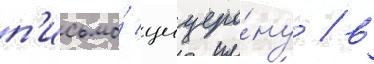
п'исьмо́ цицеро́ну / в